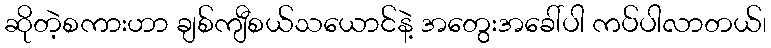
ဆိုတဲ့စကားဟာ ချစ်ကျီစယ်သယောင်နဲ့ အတွေးအခေါ်ပါ ကပ်ပါလာတယ်၊